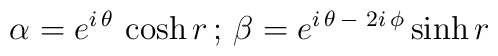
\alpha =e^{i\,\theta }\,\cosh r\,;\,\beta =e^{i\,\theta\,-\,\,2i\,\phi }\sinh r